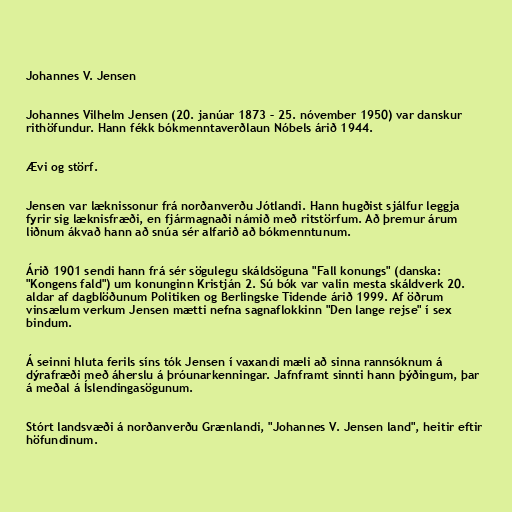
Johannes V. Jensen

Johannes Vilhelm Jensen (20. janúar 1873 – 25. nóvember 1950) var danskur
rithöfundur. Hann fékk bókmenntaverðlaun Nóbels árið 1944.

Ævi og störf.

Jensen var læknissonur frá norðanverðu Jótlandi. Hann hugðist sjálfur leggja
fyrir sig læknisfræði, en fjármagnaði námið með ritstörfum. Að þremur árum
liðnum ákvað hann að snúa sér alfarið að bókmenntunum.

Árið 1901 sendi hann frá sér sögulegu skáldsöguna "Fall konungs" (danska:
"Kongens fald") um konunginn Kristján 2. Sú bók var valin mesta skáldverk 20.
aldar af dagblöðunum Politiken og Berlingske Tidende árið 1999. Af öðrum
vinsælum verkum Jensen mætti nefna sagnaflokkinn "Den lange rejse" í sex
bindum.

Á seinni hluta ferils síns tók Jensen í vaxandi mæli að sinna rannsóknum á
dýrafræði með áherslu á þróunarkenningar. Jafnframt sinnti hann þýðingum, þar
á meðal á Íslendingasögunum.

Stórt landsvæði á norðanverðu Grænlandi, "Johannes V. Jensen land", heitir eftir
höfundinum.